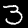
Digit: 3